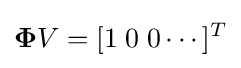
\mathbf {\Phi } V=[1\;0\;0\cdots ]^{T}